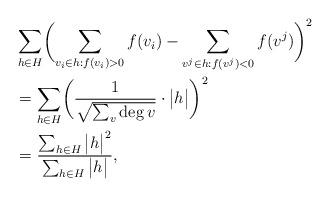
LaTeX: \begin{align*}&\sum_{h\in H}\biggl(\sum_{v_i \in h:f(v_i)>0}f(v_i)-\sum_{v^j \in h:f(v^j)<0}f(v^j)\biggr)^2\\&=\sum_{h\in H}\biggl(\frac{1}{\sqrt{\sum_v\deg v}}\cdot \big|h\big|\biggr)^2\\&=\frac{\sum_{h\in H}\big|h\big|^2}{\sum_{h\in H}\big|h\big|},\end{align*}